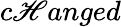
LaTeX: c\mathscr{H}anged